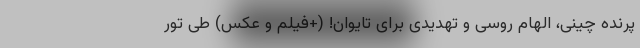
پرنده چینی، الهام روسی و تهدیدی برای تایوان! (+فیلم و عکس) طی تور